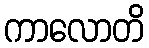
ကာလောတိ